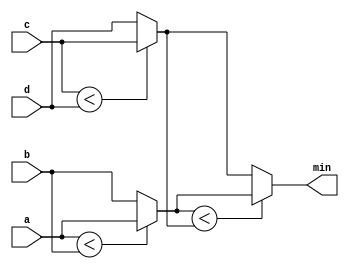
// This program was cloned from: https://github.com/matthlud/HDLBits
// License: Apache License 2.0

module top_module (
    input [7:0] a, b, c, d,
    output [7:0] min);//

    // assign intermediate_result1 = compare? true: false;
    wire [7:0] e;
    wire [7:0] f;
    
    assign e = (a<b) ? a : b;
    assign f = (c<d) ? c : d;
    
    assign min = (e<f) ? e : f;

endmodule